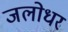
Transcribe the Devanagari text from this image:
जलोधर